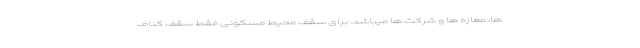
ها، مغازه ها و شرکت ها میباشد. برای سقف محیط مسکونی فقط سقف کناف